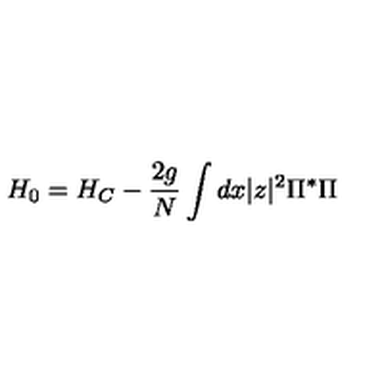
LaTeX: H _ { 0 } = H _ { C } - \frac { 2 g } { N } \int d x | z | ^ { 2 } \Pi ^ { * } \Pi